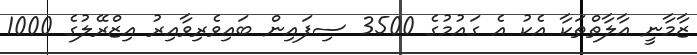
ޒާމާނީ އާލާތްތަކާ އެކު އެ ގައުމުގެ 3500 ސިފައިން ބައިވެރިވާއިރު އިޒްރޭލުގެ 1000